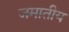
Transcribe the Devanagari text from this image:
जमातीय